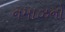
નમાઝનો